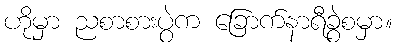
ဟိုမှာ ညစာစားပွဲက ခြောက်နာရီခွဲစမှာ။